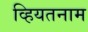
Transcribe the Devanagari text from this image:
व्हियतनाम